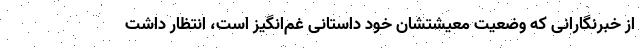
از خبرنگارانی که وضعیت معیشتشان خود داستانی غم‌انگیز است، انتظار داشت